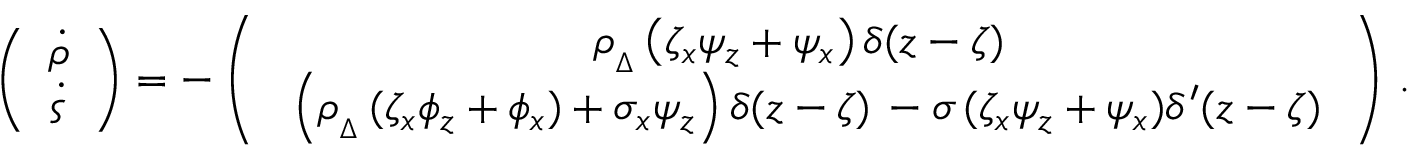
\left( \begin{array} { l } { \medskip \dot { \rho } } \\ { \dot { \varsigma } } \end{array} \right) = - \left( \begin{array} { c } { \medskip \rho _ { { } _ { \Delta } } \left( \zeta _ { x } \psi _ { z } + \psi _ { x } \right) \delta ( z - \zeta ) \, } \\ { \ \left( \rho _ { { } _ { \Delta } } \, ( \zeta _ { x } \phi _ { z } + \phi _ { x } ) + \sigma _ { x } \psi _ { z } \right) \delta ( z - \zeta ) \, - \sigma \, ( \zeta _ { x } \psi _ { z } + \psi _ { x } ) \delta ^ { \prime } ( z - \zeta ) \, } \end{array} \right) \, .